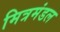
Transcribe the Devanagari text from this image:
मित्रमंडल